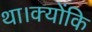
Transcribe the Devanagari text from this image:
था।क्योंकि